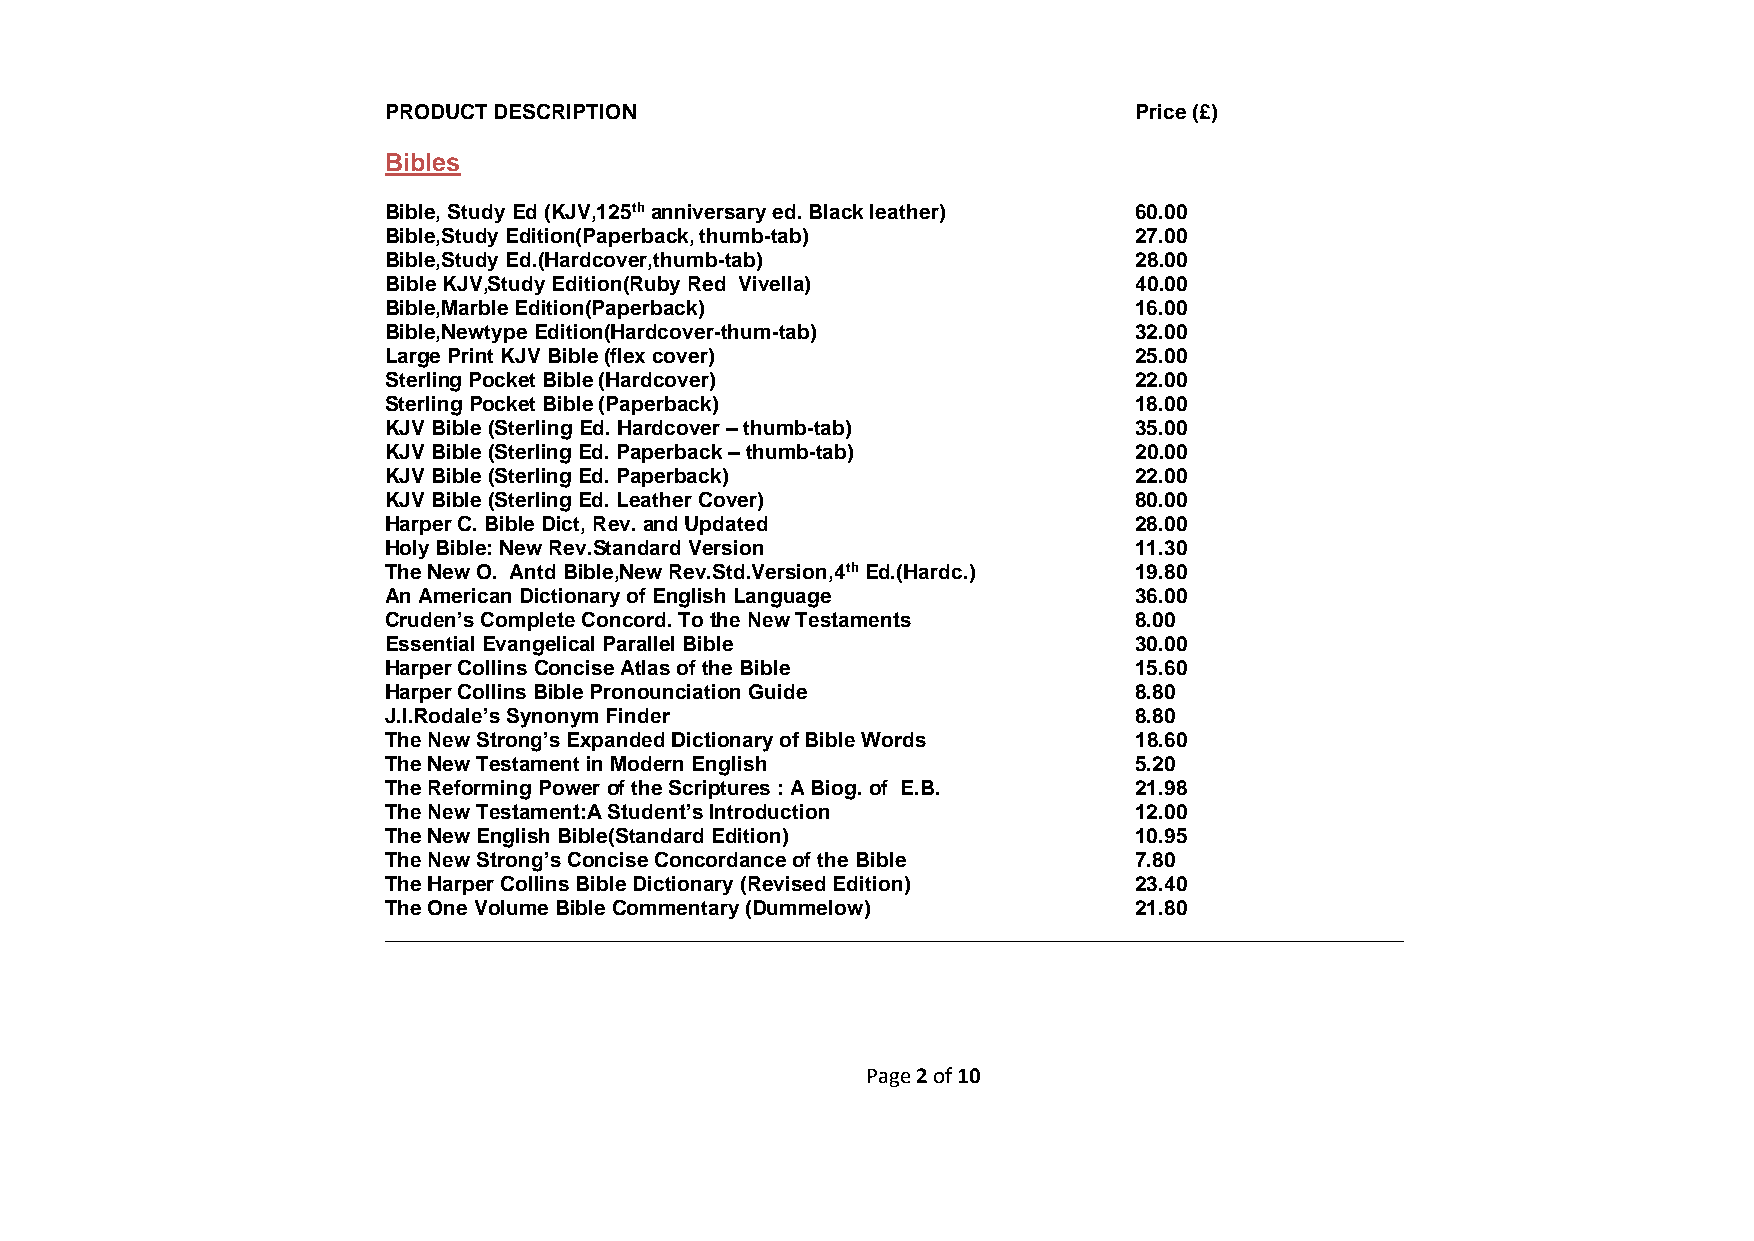
PRODUCT DESCRIPTION                              Price (£)
 Bibles
 Bible, Study Ed (KJV,125th anniversary ed. Black leather) 60.00
 Bible,Study Edition(Paperback, thumb-tab)        27.00
 Bible,Study Ed.(Hardcover,thumb-tab)             28.00
 Bible KJV,Study Edition(Ruby Red Vivella)        40.00
 Bible,Marble Edition(Paperback)                  16.00
 Bible,Newtype Edition(Hardcover-thum-tab)        32.00
 Large Print KJV Bible (flex cover)               25.00
 Sterling Pocket Bible (Hardcover)                22.00
 Sterling Pocket Bible (Paperback)                18.00
 KJV Bible (Sterling Ed. Hardcover – thumb-tab)   35.00
 KJV Bible (Sterling Ed. Paperback – thumb-tab)   20.00
 KJV Bible (Sterling Ed. Paperback)               22.00
 KJV Bible (Sterling Ed. Leather Cover)           80.00
 Harper C. Bible Dict, Rev. and Updated           28.00
 Holy Bible: New Rev.Standard Version             11.30
 The New O. Antd Bible,New Rev.Std.Version,4th Ed.(Hardc.) 19.80
 An American Dictionary of English Language       36.00
 Cruden’s Complete Concord. To the New Testaments 8.00
 Essential Evangelical Parallel Bible             30.00
 Harper Collins Concise Atlas of the Bible        15.60
 Harper Collins Bible Pronounciation Guide        8.80
 J.I.Rodale’s Synonym Finder                      8.80
 The New Strong’s Expanded Dictionary of Bible Words 18.60
 The New Testament in Modern English              5.20
 The Reforming Power of the Scriptures : A Biog. of E.B. 21.98
 The New Testament:A Student’s Introduction       12.00
 The New English Bible(Standard Edition)          10.95
 The New Strong’s Concise Concordance of the Bible 7.80
 The Harper Collins Bible Dictionary (Revised Edition) 23.40
 The One Volume Bible Commentary (Dummelow)       21.80
 ________________________________________________________________________________________
 Page 2 of 10